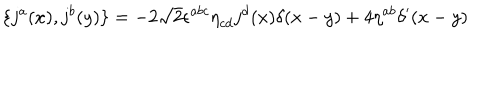
\{ j ^ { a } ( x ) , j ^ { b } ( y ) \} = - 2 \sqrt { 2 } { \epsilon } ^ { a b c } { \eta } _ { c d } j ^ { d } ( x ) { \delta } ( x - y ) + 4 { \eta } ^ { a b } { \delta } ^ { \prime } ( x - y )